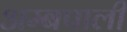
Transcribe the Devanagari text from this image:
अम्बपाली